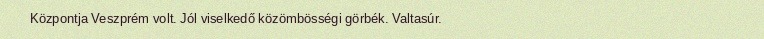
Központja Veszprém volt. Jól viselkedő közömbösségi görbék. Valtasúr.